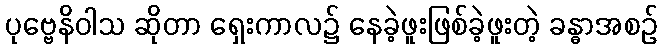
ပုဗ္ဗေနိဝါသ ဆိုတာ ရှေးကာလ၌ နေခဲ့ဖူးဖြစ်ခဲ့ဖူးတဲ့ ခန္ဓာအစဉ်